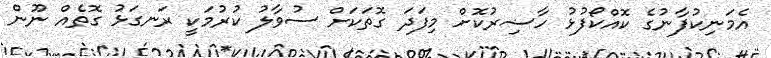
އެމަނިކުފާނުގެ ކޮއްކޯފުޅު ހާޟިރުކޮށް މިފަދަ ގޮތަކަށް ސުވާލު ކުރުމަކީ ރަނގަޅު ގޮތެއް ނޫން